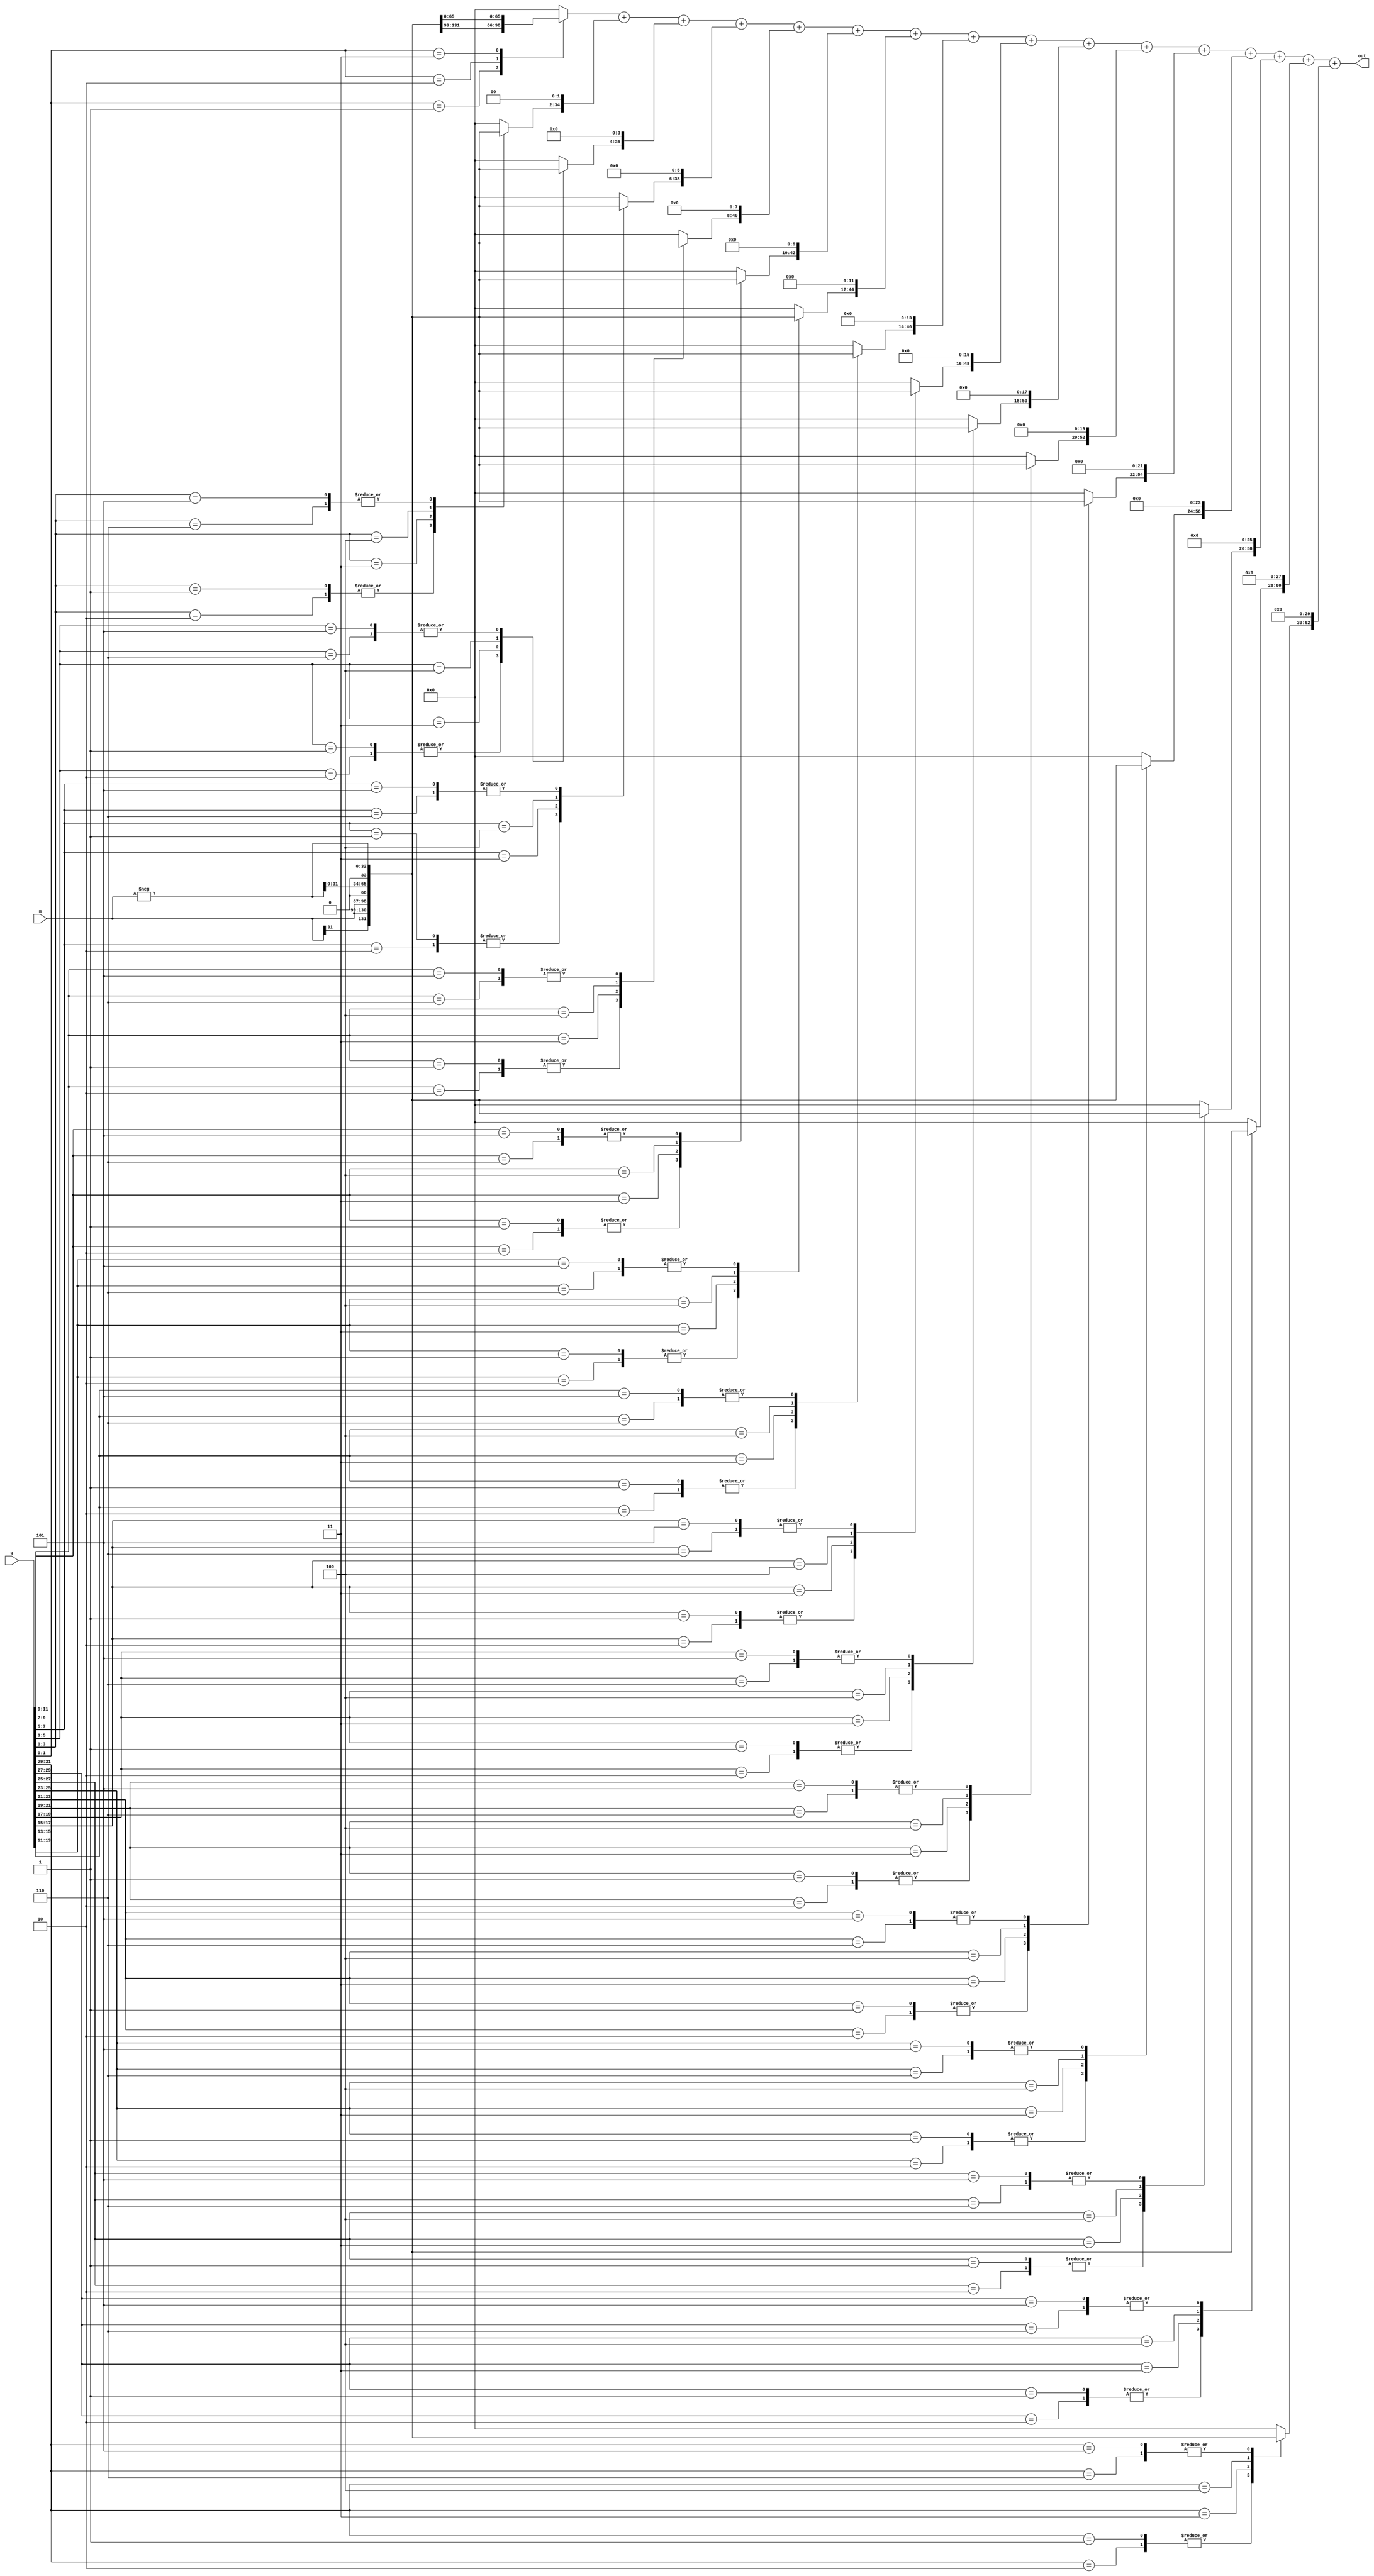
module mul(input signed [31:0] m, q, output [63:0] out);

    reg [2:0] bit_pairs [15:0];
    reg signed [32:0] hold [15:0];
    reg signed [63:0] shifted_hold [15:0];
    reg signed [63:0] sum = 0;
    
    wire signed [32:0] neg_m;
    assign neg_m = -m;

    integer i, j;
    always@(m or q or neg_m) begin
        // Implement bit pair recoding
        bit_pairs[0] = {q[1], q[0], 1'b0};
        for(i = 1; i < 16; i = i + 1) begin
            bit_pairs[i] = {q[2*i+1], q[2*i], q[2*i-1]};
        end

        for(i = 0; i < 16; i = i + 1) begin
            case (bit_pairs[i])
                3'b001, 3'b010 :  hold[i] = {m[31], m};
                3'b011 : hold[i] = {m, 1'b0};
                3'b100 : hold[i] = {neg_m[31:0], 1'b0};
                3'b101, 3'b110 : hold[i] = neg_m;
                default: hold[i] = 0;

                
            endcase
            shifted_hold[i] = hold[i] << (2*i);
        end
        sum = shifted_hold[0];
        for(i = 1; i < 16; i = i + 1) begin
            sum = sum + shifted_hold[i];
        end
    end
    assign out = sum;
endmodule